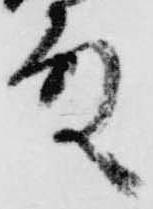
殿